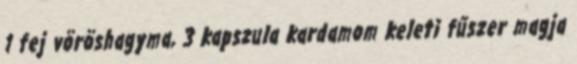
1 fej vöröshagyma, 3 kapszula kardamom keleti fűszer magja